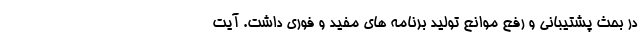
در بحث پشتیبانی و رفع موانع تولید برنامه های مفید و فوری داشت. آیت